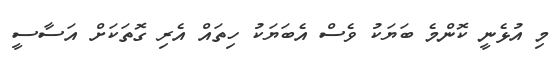
މި އުޅެނީ ކޮންމެ ބަޔަކު ވެސް އެބަޔަކު ހިތައް އެރި ގޮތަކަށް އަސާސީ